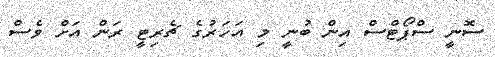
ސޮނީ ސްޕޯޓްސް އިން ބުނީ މި އަހަރުގެ ޗެރިޓީ ރަން އަށް ވެސް